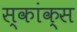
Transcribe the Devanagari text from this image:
स्कांक्स